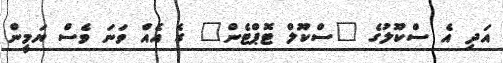
އަދި އެ ސްކޫލުގެ "ސްކޫލް ޓޮޕްޓެން" ގެ އެއް ވަނަ ވެސް ޔަމީން